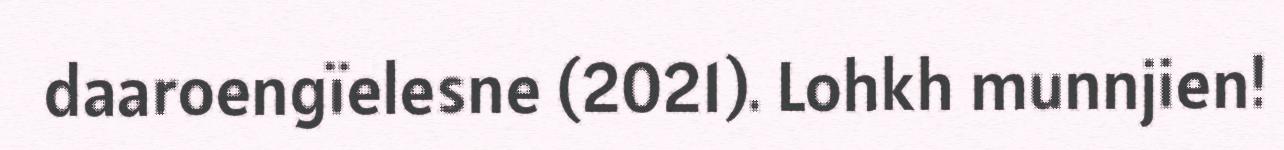
daaroengïelesne (2021). Lohkh munnjien!